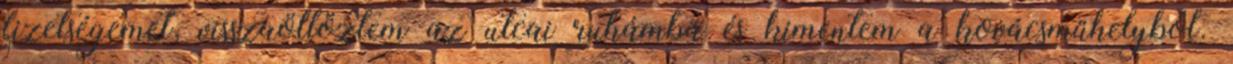
fizetségemet, visszaöltöztem az utcai ruhámba és kimentem a kovácsműhelyből.